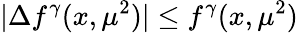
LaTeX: |\Delta f^{\gamma}(x,\mu^{2})|\leq f^{\gamma}(x,\mu^{2})